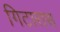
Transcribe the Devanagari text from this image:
गिटारास